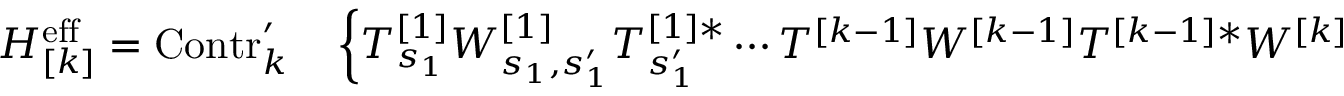
\begin{array} { r l } { H _ { [ k ] } ^ { \mathrm { e f f } } = \mathrm { C o n t r } _ { k } ^ { \prime } } & { { } \left\{ T _ { s _ { 1 } } ^ { [ 1 ] } W _ { s _ { 1 } , s _ { 1 } ^ { \prime } } ^ { [ 1 ] } T _ { s _ { 1 } ^ { \prime } } ^ { [ 1 ] * } \cdots T ^ { [ k - 1 ] } W ^ { [ k - 1 ] } T ^ { [ k - 1 ] * } W ^ { [ k ] } \right. } \end{array}